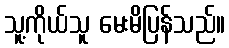
သူ့ကိုယ်သူ မေးမိပြန်သည်။